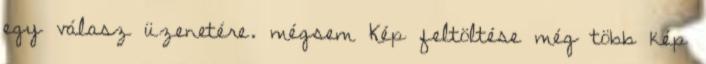
egy válasz üzenetére. mégsem Kép feltöltése még több kép